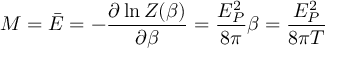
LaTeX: M = \bar { E } = - { \frac { \partial \ln Z ( \beta ) } { \partial \beta } } = { \frac { E _ { P } ^ { 2 } } { 8 \pi } } \beta = { \frac { E _ { P } ^ { 2 } } { 8 \pi T } }